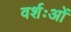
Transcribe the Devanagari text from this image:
वर्शःओं